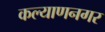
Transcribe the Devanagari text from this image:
कल्याणनगर